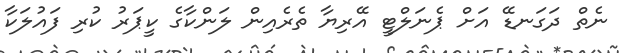
ނެތް ދަގަނޑޭ އަށް ޕެނަލްޓީ އޭރިޔާ ތެރެއިން ލަންކާގެ ކީޕަރު ކުރި ފައުލަކާ